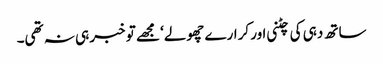
ساتھ دہی کی چٹنی اور کرارے چھولے‘ مجھے تو خبر ہی نہ تھی۔